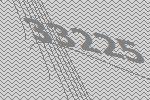
33225